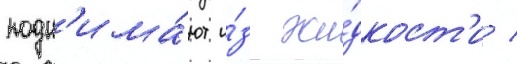
подн'има́ют и́з жи́дкост'и /